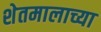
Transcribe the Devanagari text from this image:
शेतमालाच्या